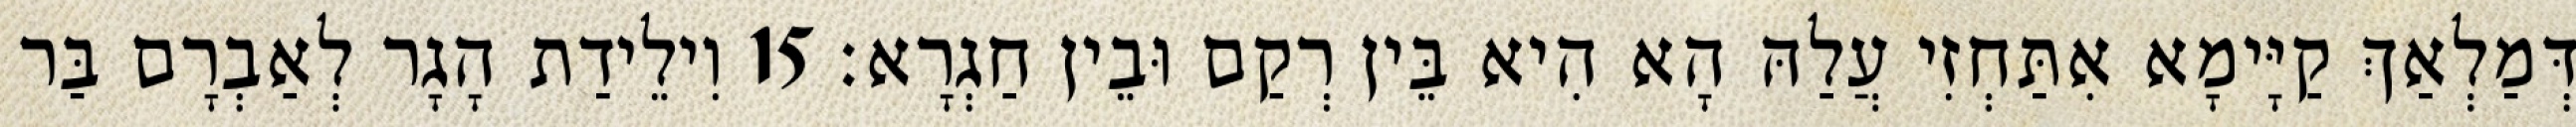
דְּמַלְאַךְ קַיָּימָא אִתַּחְזִי עֲלַהּ הָא הִיא בֵּין רְקַם וּבֵין חַגְרָא׃ 15 וִילֵידַת הָגָר לְאַבְרָם בַּר